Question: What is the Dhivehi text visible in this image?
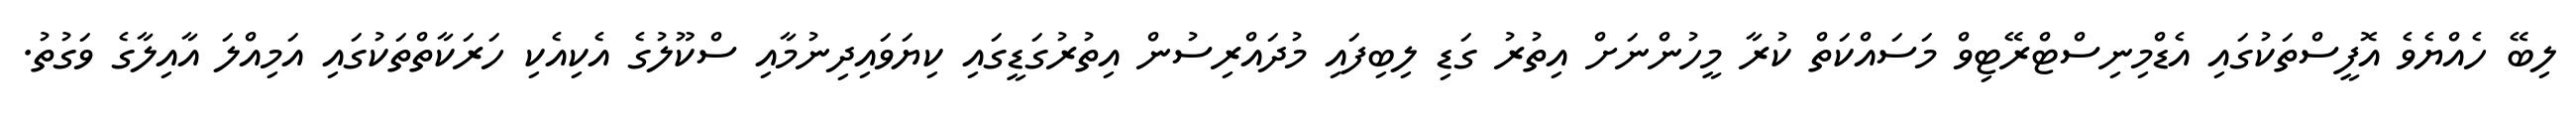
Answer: ލިބޭ ހެއްޔެވެ އޮފީސްތަކުގައި އެޑްމިނިސްޓްރޭޓިވް މަސައްކަތް ކުރާ މީހުންނަށް އިތުރު ގަޑި ލިބިފައި މުދައްރިސުން އިތުރުގަޑީގައި ކިޔަވައިދިނުމާއި ސްކޫލުގެ އެކިއެކި ހަރަކާތްތަކުގައި އަމިއްލަ އާއިލާގެ ވަގުތު.